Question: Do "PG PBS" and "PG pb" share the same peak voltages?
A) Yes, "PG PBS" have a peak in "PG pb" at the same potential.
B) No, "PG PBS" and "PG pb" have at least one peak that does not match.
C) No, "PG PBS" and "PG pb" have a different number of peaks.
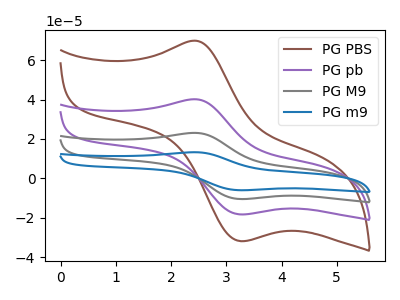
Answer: <think>The brown curve "PG PBS" has an anodic peak at (2.40V, 69.90uA) and a cathodic peak at (3.25V, -31.90uA). The purple curve "PG pb" has an anodic peak at (2.40V, 40.15uA) and a cathodic peak at (3.25V, -18.35uA). The gray curve "PG M9" has an anodic peak at (2.40V, 80.30uA) and a cathodic peak at (3.25V, -36.65uA). The blue curve "PG m9" has an anodic peak at (2.40V, 120.50uA) and a cathodic peak at (3.25V, -55.00uA).</think>
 <answer>A) Yes, "PG PBS" have a peak in "PG pb" at the same potential.</answer>
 <eval>A</eval>